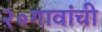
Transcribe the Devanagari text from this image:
२०गावांची